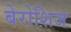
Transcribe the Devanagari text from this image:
बेरोशिज